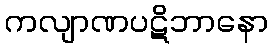
ကလျာဏပဋိဘာနော